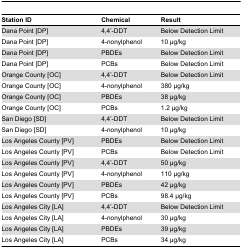
| Station ID | Chemical | Result |
 | --- | --- | --- |
 | Dana Point [DP] | 4,4’-DDT | Below Detection Limit |
 | Dana Point [DP] | 4-nonylphenol | 10 μg/kg |
 | Dana Point [DP] | PBDEs | Below Detection Limit |
 | Dana Point [DP] | PCBs | Below Detection Limit |
 | Orange County [OC] | 4,4’-DDT | Below Detection Limit |
 | Orange County [OC] | 4-nonylphenol | 380 μg/kg |
 | Orange County [OC] | PBDEs | 38 μg/kg |
 | Orange County [OC] | PCBs | 1.2 μg/kg |
 | San Diego [SD] | 4,4’-DDT | Below Detection Limit |
 | San Diego [SD] | 4-nonylphenol | 10 μg/kg |
 | Los Angeles County [PV] | PBDEs | Below Detection Limit |
 | Los Angeles County [PV] | PCBs | Below Detection Limit |
 | Los Angeles County [PV] | 4,4’-DDT | 50 μg/kg |
 | Los Angeles County [PV] | 4-nonylphenol | 110 μg/kg |
 | Los Angeles County [PV] | PBDEs | 42 μg/kg |
 | Los Angeles County [PV] | PCBs | 98.4 μg/kg |
 | Los Angeles City [LA] | 4,4’-DDT | Below Detection Limit |
 | Los Angeles City [LA] | 4-nonylphenol | 30 μg/kg |
 | Los Angeles City [LA] | PBDEs | 39 μg/kg |
 | Los Angeles City [LA] | PCBs | 34 μg/kg |